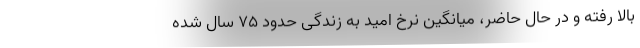
بالا رفته و در حال حاضر، میانگین نرخ امید به زندگی حدود ۷۵ سال شده